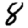
Digit: 8